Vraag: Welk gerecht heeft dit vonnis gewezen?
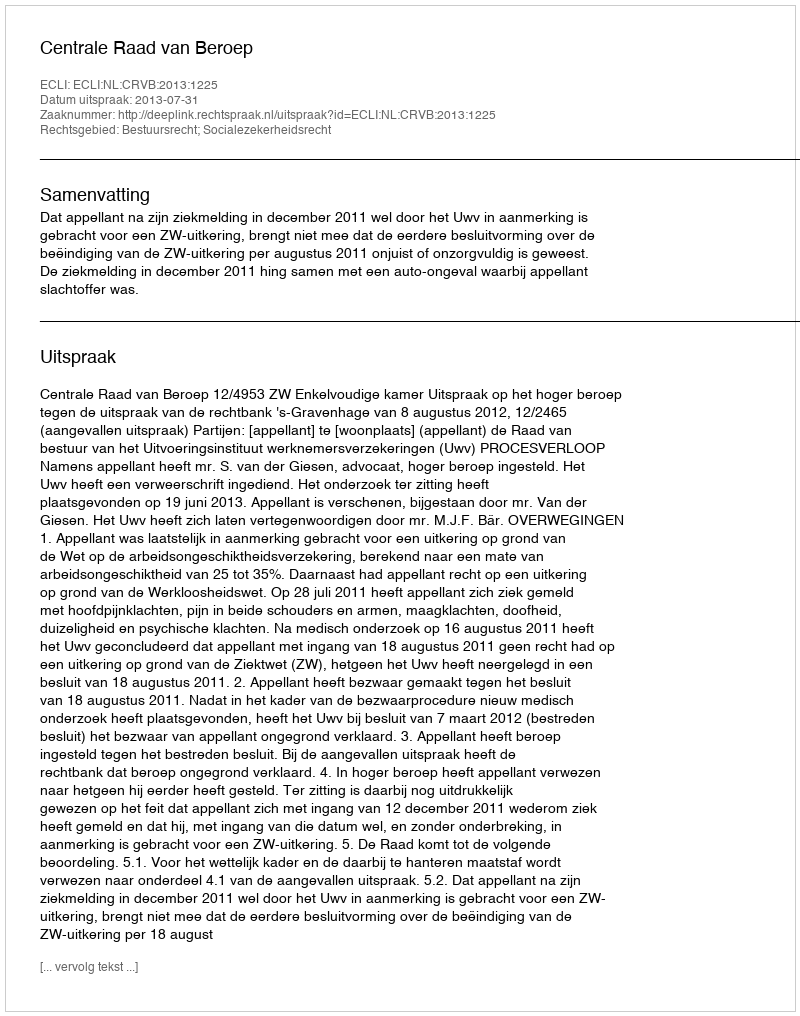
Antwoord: Centrale Raad van Beroep